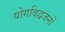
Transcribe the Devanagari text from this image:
योगविद्वजनों